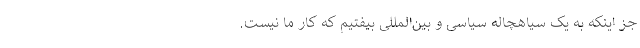
جز اینکه به یک سیاهچاله سیاسی و بین‌المللی بیفتیم که کار ما نیست.